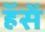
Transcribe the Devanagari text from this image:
हॅसें